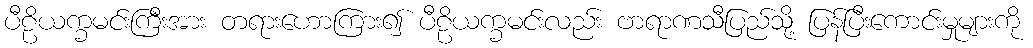
ပီဠိယက္ခမင်းကြီးအား တရားဟောကြား၍ ပီဠိယက္ခမင်းလည်း ဗာရာဏသီပြည်သို့ ပြန်ပြီးကောင်းမှုများကို